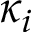
\kappa _ { i }